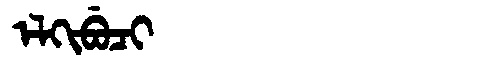
Manchu: ᡝᠯᡴᡳᠪᡠᠴᡳ
Romanization: ELKIBUCI